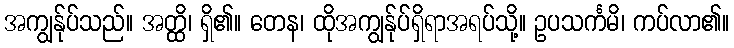
အကျွန်ုပ်သည်။ အတ္ထိ၊ ရှိ၏။ တေန၊ ထိုအကျွန်ုပ်ရှိရာအရပ်သို့။ ဥပသင်္ကမိ၊ ကပ်လာ၏။